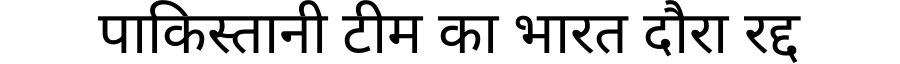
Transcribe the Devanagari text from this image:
पाकिस्तानी टीम का भारत दौरा रद्द